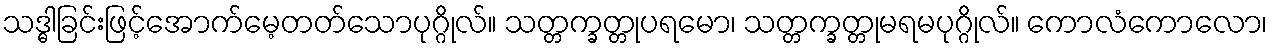
သဒ္ဓါခြင်းဖြင့်အောက်မေ့တတ်သောပုဂ္ဂိုလ်။ သတ္တက္ခတ္တုပရမော၊ သတ္တက္ခတ္တုမရမပုဂ္ဂိုလ်။ ကောလံကောလော၊